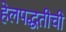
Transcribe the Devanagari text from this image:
हेलपद्धतीची